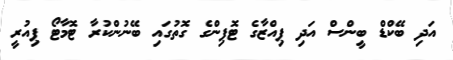
އަދި ބޭކްޑް ބީންސް އަދި ޕިއްޒާގެ ޓޮޕިންގެ ގޮތުގައި ބޭނުންކުރާ ޓޮމާޓޯ ޕިއުރީ